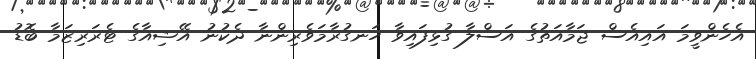
އެހެންވީމަ އައިއެސް ޖަމާއަތުގެ އަސްލާ ގުޅިފައިވާ ހަނގުރާމަވެރިންނާ ދެކުނު އޭޝިއާގެ ޓެރަރިޒަމާ ބޮޑު